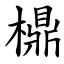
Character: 檙